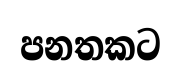
පනතකට